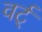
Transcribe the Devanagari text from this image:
वर्ट्